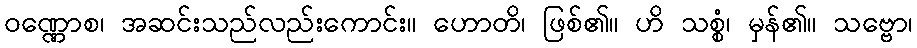
ဝဏ္ဏောစ၊ အဆင်းသည်လည်းကောင်း။ ဟောတိ၊ ဖြစ်၏။ ဟိ သစ္စံ၊ မှန်၏။ သဗ္ဗော၊